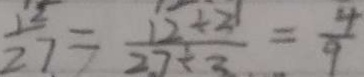
\frac { 1 2 } { 2 7 } = \frac { 1 2 + 2 1 } { 2 7 + 3 } = \frac { 4 } { 9 }